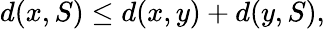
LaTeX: d(x,S)\leq d(x,y)+d(y,S),